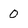
Character: 0